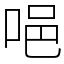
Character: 唈